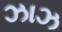
ઝાઝ